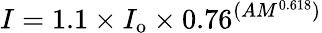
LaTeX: I=1.1\times I_{\mathrm{o}}\times 0.76^{(AM^{0.618})}